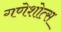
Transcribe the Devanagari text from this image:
गणेशोत्स